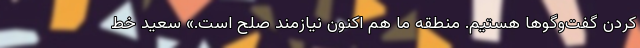
کردن گفت‌وگوها هستیم. منطقه ما هم اکنون نیازمند صلح است.» سعید خط